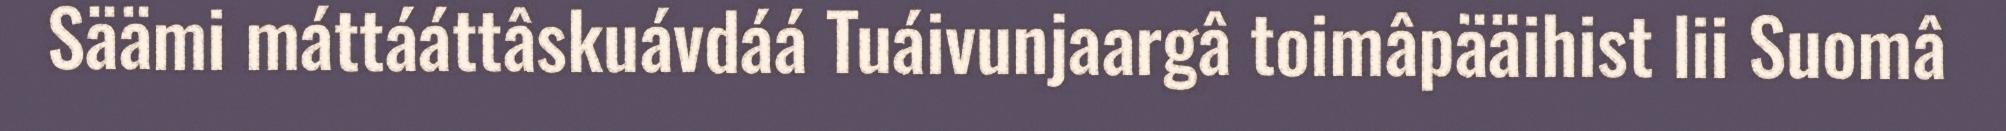
Säämi máttááttâskuávdáá Tuáivunjaargâ toimâpääihist lii Suomâ